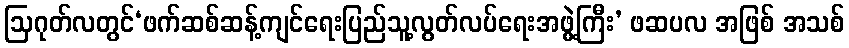
ဩဂုတ်လတွင်‘ဖက်ဆစ်ဆန့်ကျင်ရေးပြည်သူ့လွတ်လပ်ရေးအဖွဲ့ကြီး’ ဖဆပလ အဖြစ် အသစ်